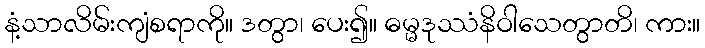
နံ့သာလိမ်းကျံစရာကို။ ဒတွာ၊ ပေး၍။ ဓမ္မဒုဿံနိဝါသေတွာတိ၊ ကား။